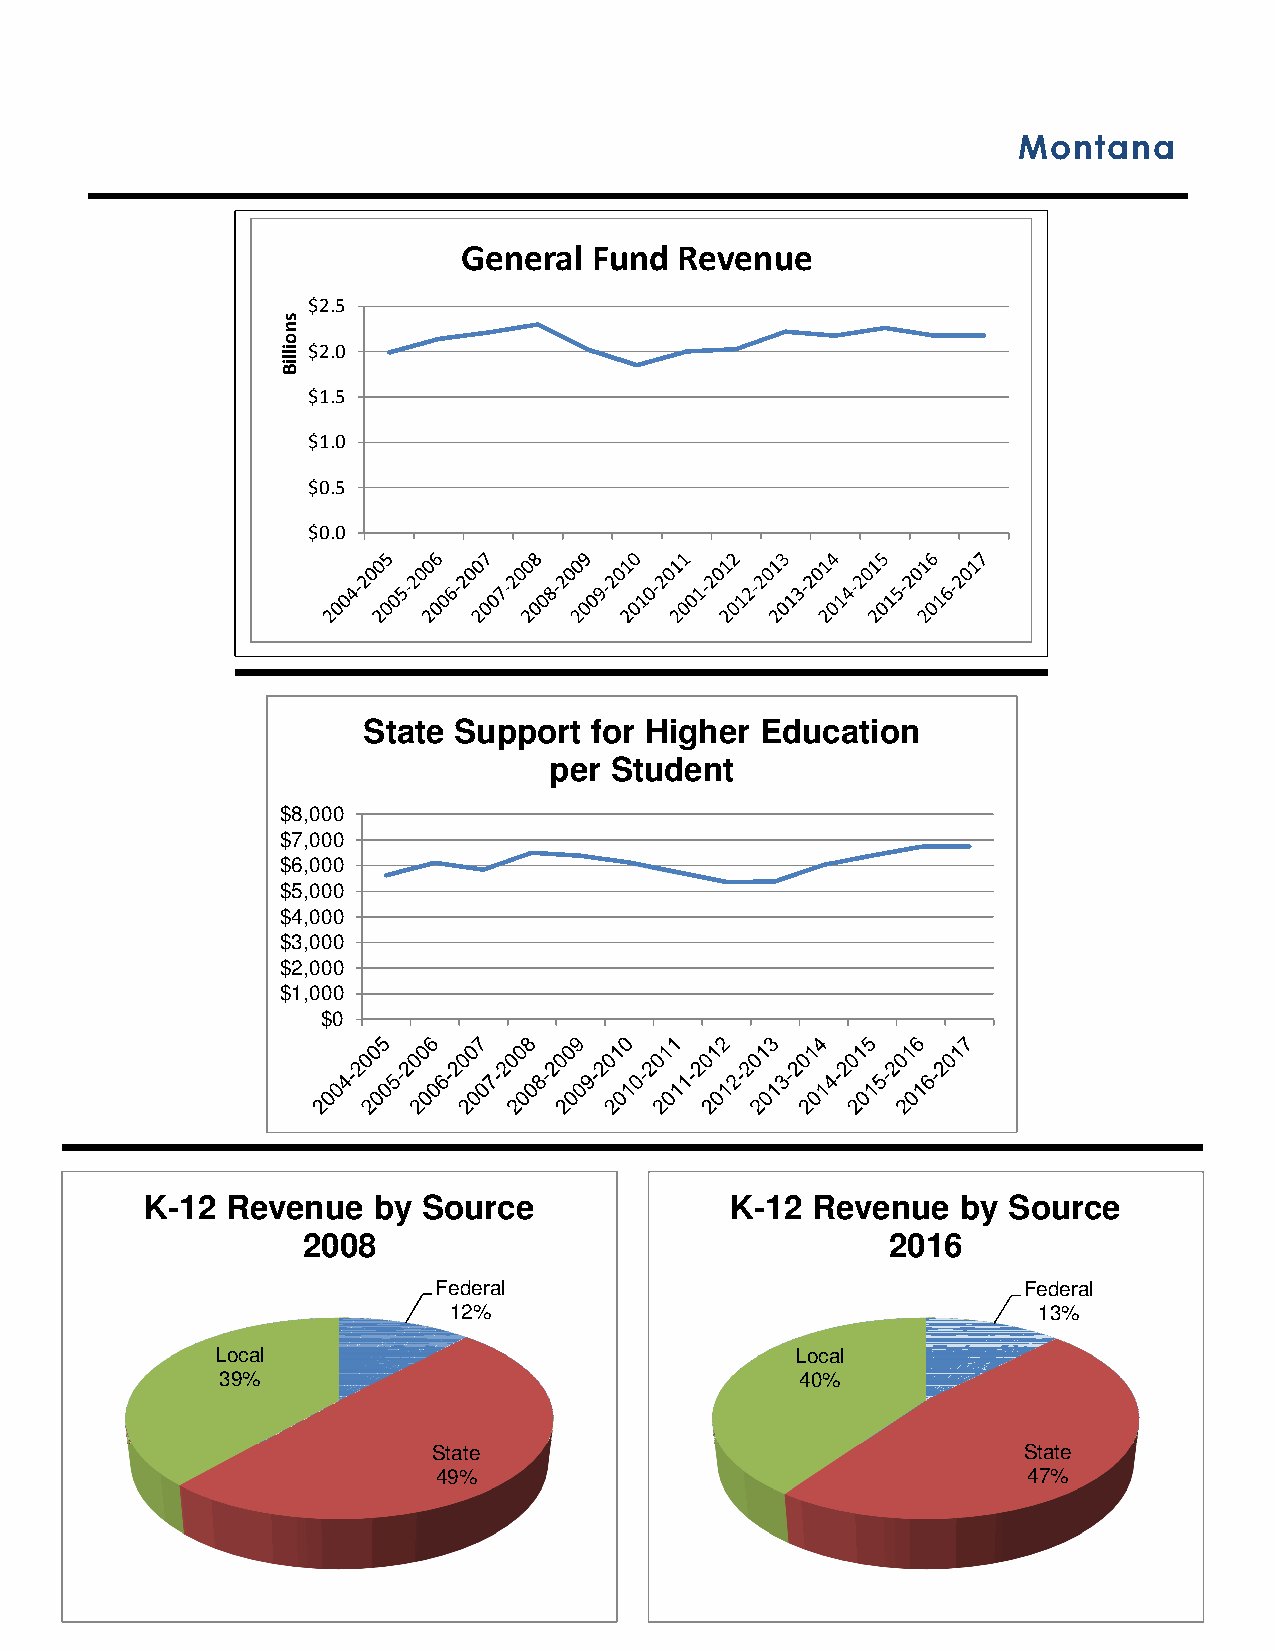
Montana
 General Fund  Revenue
 $2.5
 $2.0
 $1.5
 $1.0
 $0.5
 $0.0
 State Support  for Higher Education
 per Student
 $8,000
 $7,000
 $6,000
 $5,000
 $4,000
 $3,000
 $2,000
 $1,000
 $0
 K-12 Revenue   by Source              K-12  Revenue   by Source
 2008                                   2016
 Federal                                Federal
 12%                                    13%
 Local                                  Local
 39%                                   40%
 State                                  State
 49%                                    47%
 snoilliB